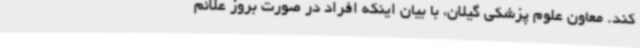
کند. معاون علوم پزشکی گیلان، با بیان اینکه افراد در صورت بروز علائم